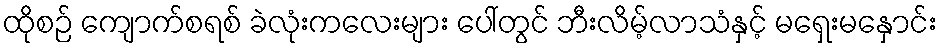
ထိုစဉ် ကျောက်စရစ် ခဲလုံးကလေးများ ပေါ်တွင် ဘီးလိမ့်လာသံနှင့် မရှေးမနှောင်း